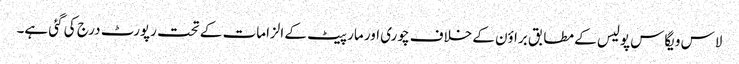
لاس ویگاس پولیس کے مطابق براؤن کے خلاف چوری اور مار پیٹ کے الزامات کے تحت رپورٹ درج کی گئی ہے۔